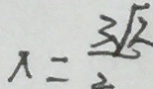
x = \frac { 3 \sqrt { 2 } } { 2 }